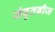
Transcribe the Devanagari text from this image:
संवृतबीज